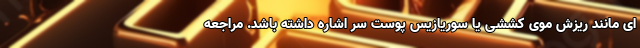
ای مانند ریزش موی کششی یا سوریازیس پوست سر اشاره داشته باشد. مراجعه